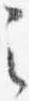
之